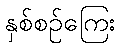
နှစ်စဉ်ကြေး